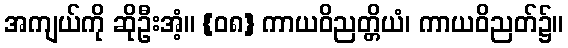
အကျယ်ကို ဆိုဦးအံ့။ {၀၈} ကာယဝိညတ္တိယံ၊ ကာယဝိညတ်၌။